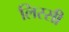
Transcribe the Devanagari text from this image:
लिस्सी